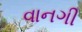
વાનગી